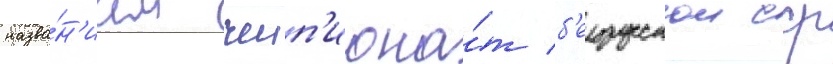
назва́н'ием чемп'иона́т б'елорусскои сср